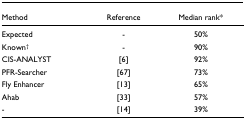
<table><thead><tr><td><b>Method</b></td><td><b>Reference</b></td><td><b>Median rank*</b></td></tr></thead><tbody><tr><td>Expected</td><td>-</td><td>50%</td></tr><tr><td>Known<sup>†</sup></td><td>-</td><td>90%</td></tr><tr><td>CIS-ANALYST</td><td>[6]</td><td>92%</td></tr><tr><td>PFR-Searcher</td><td>[67]</td><td>73%</td></tr><tr><td>Fly Enhancer</td><td>[13]</td><td>65%</td></tr><tr><td>Ahab</td><td>[33]</td><td>57%</td></tr><tr><td>-</td><td>[14]</td><td>39%</td></tr></tbody></table>